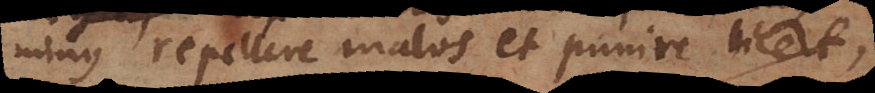
minus repellere malos et punire licet,